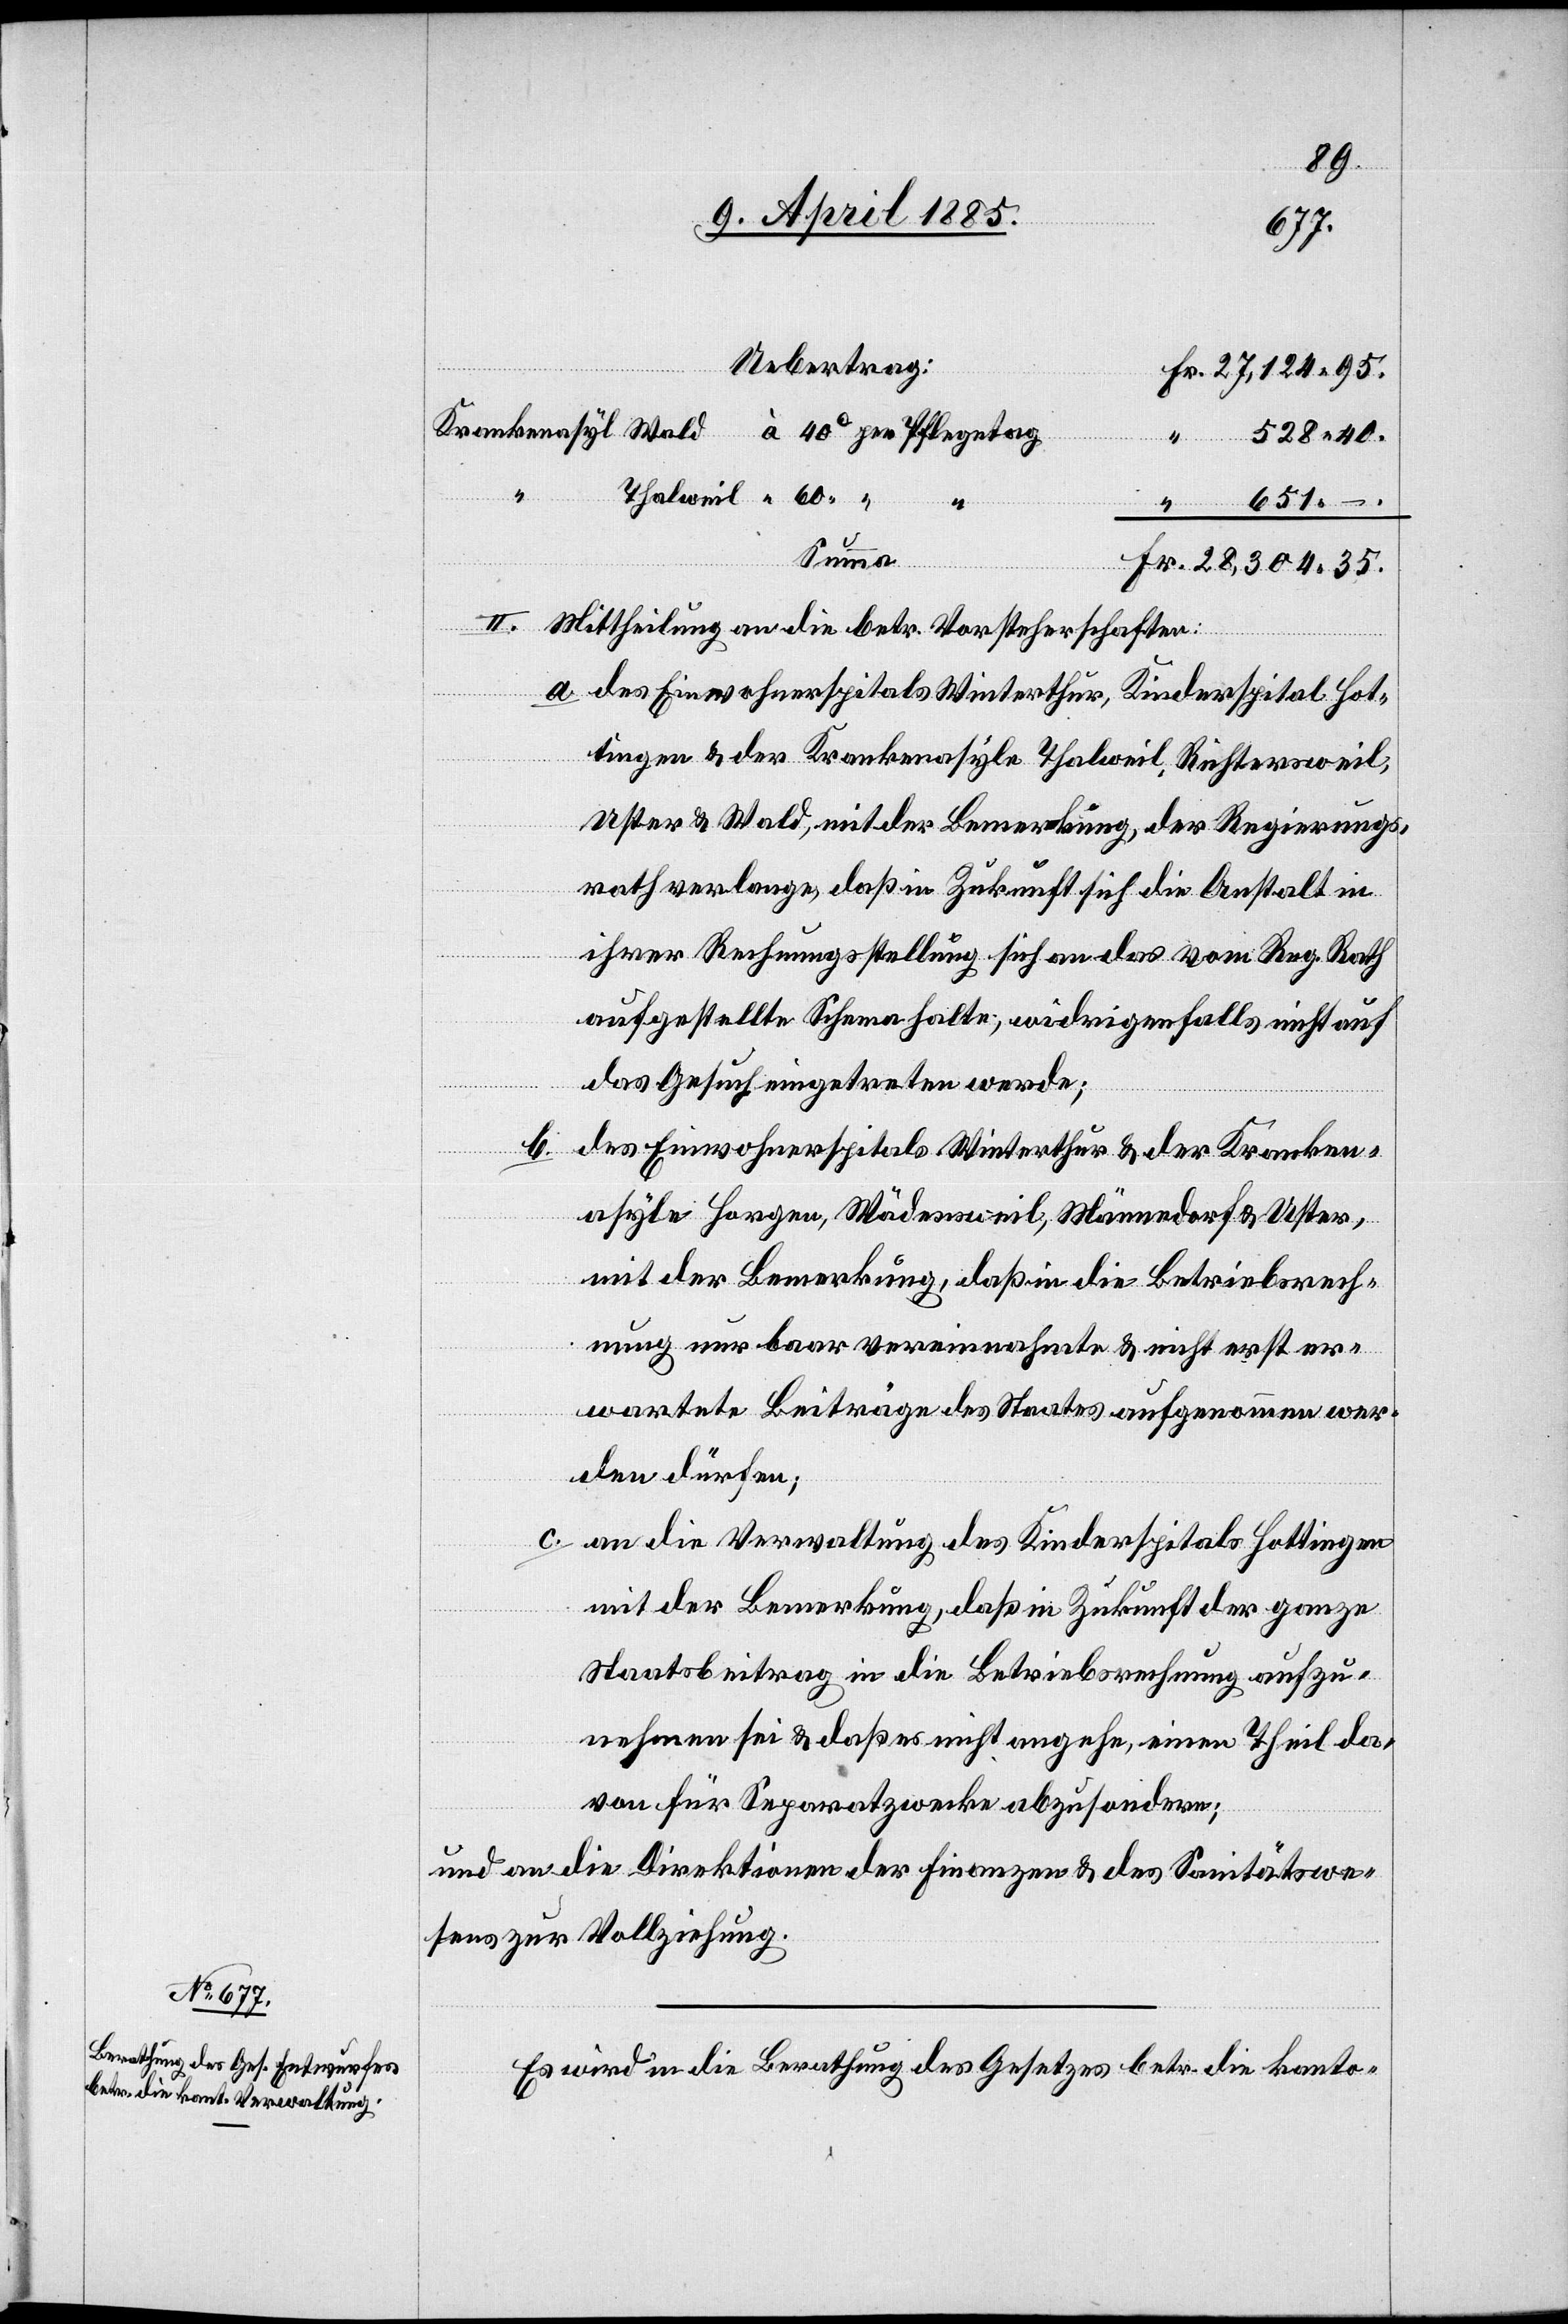
“
28,304.
–
Summa
II. Mittheilung an die betr. Vorsteherschaften:
a. das Einwohnerspital Winterthur, Kinderspital Hot¬
35.
tingen & der Krankenasyle Thalweil, Richtersweil,
Uster & Wald, mit der Bemerkung, der Regierungs¬
rath verlange, daß in Zukunft sich die Anstalt in
ihrer Rechnungsstellung sich an das vom Reg. Rath
aufgestellte Schema halte, widrigenfalls nicht auf
das Gesuch eingetreten werde;
b.
das Einwohnerspital Winterthur & der Kranken¬
asyle Horgen, Wädensweil, Männedorf &Uster,
mit der Bemerkung, daß in die Betriebsrech¬
nung nur baar vereinnahmte & nicht erst er¬
wartete Beiträge des Staates aufgenommen wer¬
den dürfen;
c. an die Verwaltung des Kinderspitals Horgen
mit der Bemerkung, daß in Zukunft der ganze
Staatsbeitrag in die Betriebsrechnung aufzu¬
nehmen sei & daß es nicht angehe, einen Theil da¬
von für Separatzwecke abzusondern;
und an die Direktionen der Finanzen & des Sanitätswe¬
sens zur Vollziehung.
Es wird in die Berathung des Gesetzes betr. die kanto-